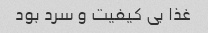
غذا بی کیفیت و سرد بود